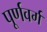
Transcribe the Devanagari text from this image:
पूर्णवर्ग